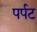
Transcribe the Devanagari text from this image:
पर्पट